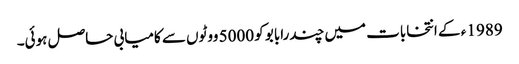
1989 ء کے انتخابات میں چندرابابو کو 5000 ووٹوں سے کامیابی حاصل ہوئی۔